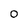
Character: 0